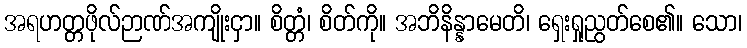
အရဟတ္တဖိုလ်ဉာဏ်အကျိုးငှာ။ စိတ္တံ၊ စိတ်ကို။ အဘိနိန္နာမေတိ၊ ရှေးရှုညွတ်စေ၏။ သော၊